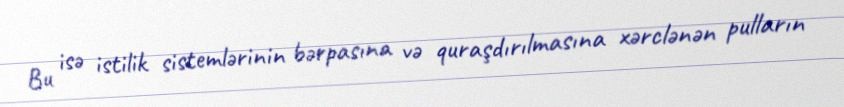
Bu isə istilik sistemlərinin bərpasına və quraşdırılmasına xərclənən pulların